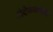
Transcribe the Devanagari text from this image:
आंदोलकांचीही